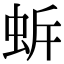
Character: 𧉲